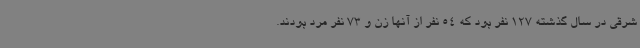
شرقی در سال گذشته 127 نفر بود که 54 نفر از آنها زن و 73 نفر مرد بودند.